Supplement to the account of plague administration in the Bombay Presidency from September 1896 till May 1897
Year: 1896
Disease focus: Plague
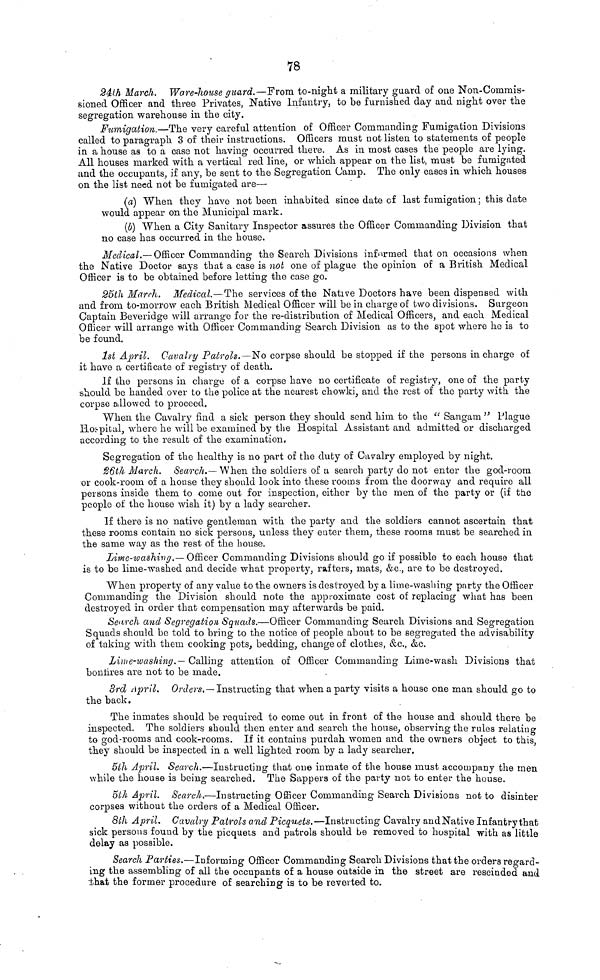
78
24th March. Ware-house guard.—From to-night a military guard of one Non-Commis-
sioned Officer and three Privates, Native Infantry, to be furnished day and night over the
segregation warehouse in the city.
Fumigation.—The very careful attention of Officer Commanding Fumigation Divisions
called to paragraph 3 of their instructions. Officers must not listen to statements of people
in a house as to a case not having occurred there. As in most cases the people are lying.
All houses marked with a vertical red line, or which appear on the list, must be fumigated
and the occupants, if any, be sent to the Segregation Comp. The only cases in which houses
on the list need not be fumigated are—
(a) When they have not been inhabited since date of last fumigation ; this date
would appear on the Municipal mark.
(b) When a City Sanitary Inspector assures the Officer Commanding Division that
no case has occurred in the house.
Medical.—Officer Commanding the Search Divisions informed that on occasions when
the Native Doctor says that a case is not one of plague the opinion of a British Medical
Officer is to be obtained before letting the case go.
25th March. Medical.—The services of the Native Doctors have been dispensed with
and from to-morrow each British Medical Officer will be in charge of two divisions. Surgeon
Captain Beveridge will arrange for the re-distribution of Medical Officers, and each Medical
Officer will arrange with Officer Commanding Search Division as to the spot where he is to
be found.
1st April. Cavalry Palrols.—No corpse should be stopped if the persons in charge of
it have a certificate of registry of death.
If the persons in charge of a corpse have no certificate of registry, one of the party
should be handed over to the police at the nearest chowki, and the rest of the party with the
corpse allowed to proceed.
When the Cavalry find a sick person they should send him to the " Sangam " Plague
Hospital, where he will be examined by the Hospital Assistant and admitted or discharged
according to the result of the examination.
Segregation of the healthy is no part of the duty of Cavalry employed by night.
26th March. Search.— When the soldiers of a search party do not enter the god-room
or cook-room of a house they should look into these rooms from the doorway and require all
persons inside them to come out for inspection, either by the men of the party or (if the
people of the house wish it) by a lady searcher.
If there is no native gentleman with the party and the soldiers cannot ascertain that
these rooms contain 110 sick persons, unless they enter them, these rooms must be searched in
the same way as the rest of the house.
Lime-washing.—Officer Commanding Divisions should go if possible to each house that
is to be lime-washed and decide what property, rafters, mats, &c., are to be destroyed.
When property of any value to the owners is destroyed by a lime-washing party the Officer
Commanding the Division should note the approximate cost of replacing what has been
destroyed in order that compensation may afterwards be paid.
Search and Segregation Squads.—Officer Commanding Search Divisions and Segregation
Squads should be told to bring to the notice of people about to be segregated the advisability
of taking with them cooking pots, bedding, change of clothes, &c., &c.
Lime-washing.— Calling attention of Officer Commanding Lime-wash Divisions that
bonfires are not to be made.
3rd April. Orders.— Instructing that when a party visits a house one man should go to
the back.
The inmates should be required to come out in front of the house and should there be
inspected. The soldiers should then enter and search the house, observing the rules relating
to god-rooms and cook-rooms. If it contains purdah women and the owners object to this
they should be inspected in a well lighted room by a lady searcher.
5th April. Search.— Instructing that one inmate of the house must accompany the men
while the house is being searched. The Sappers of the party not to enter the house.
5th April. Search.—Instructing Officer Commanding Search Divisions not to disinter
corpses without the orders of a Medical Officer.
8th April. Cavalry Patrols and Picquets.—Instructing Cavalry and Native Infantry that
sick persons found by the picquets and patrols should be removed to hospital with as little
delay as possible.
Search Parties.—Informing Officer Commanding Search Divisions that the orders regard-
ing the assembling of all the occupants of a house outside in the street are rescinded and
that the former procedure of searching is to be reverted to.